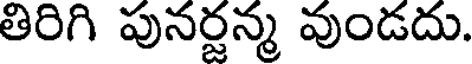
తిరిగి పునర్జన్మ వుండదు.